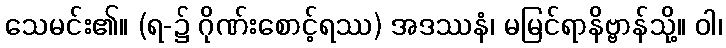
သေမင်း၏။ (ရ-၌ ဂိုဏ်းစောင့်ရဿ) အဒဿနံ၊ မမြင်ရာနိဗ္ဗာန်သို့။ ဝါ၊